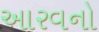
આરવનો